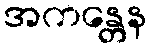
အကန္တေန